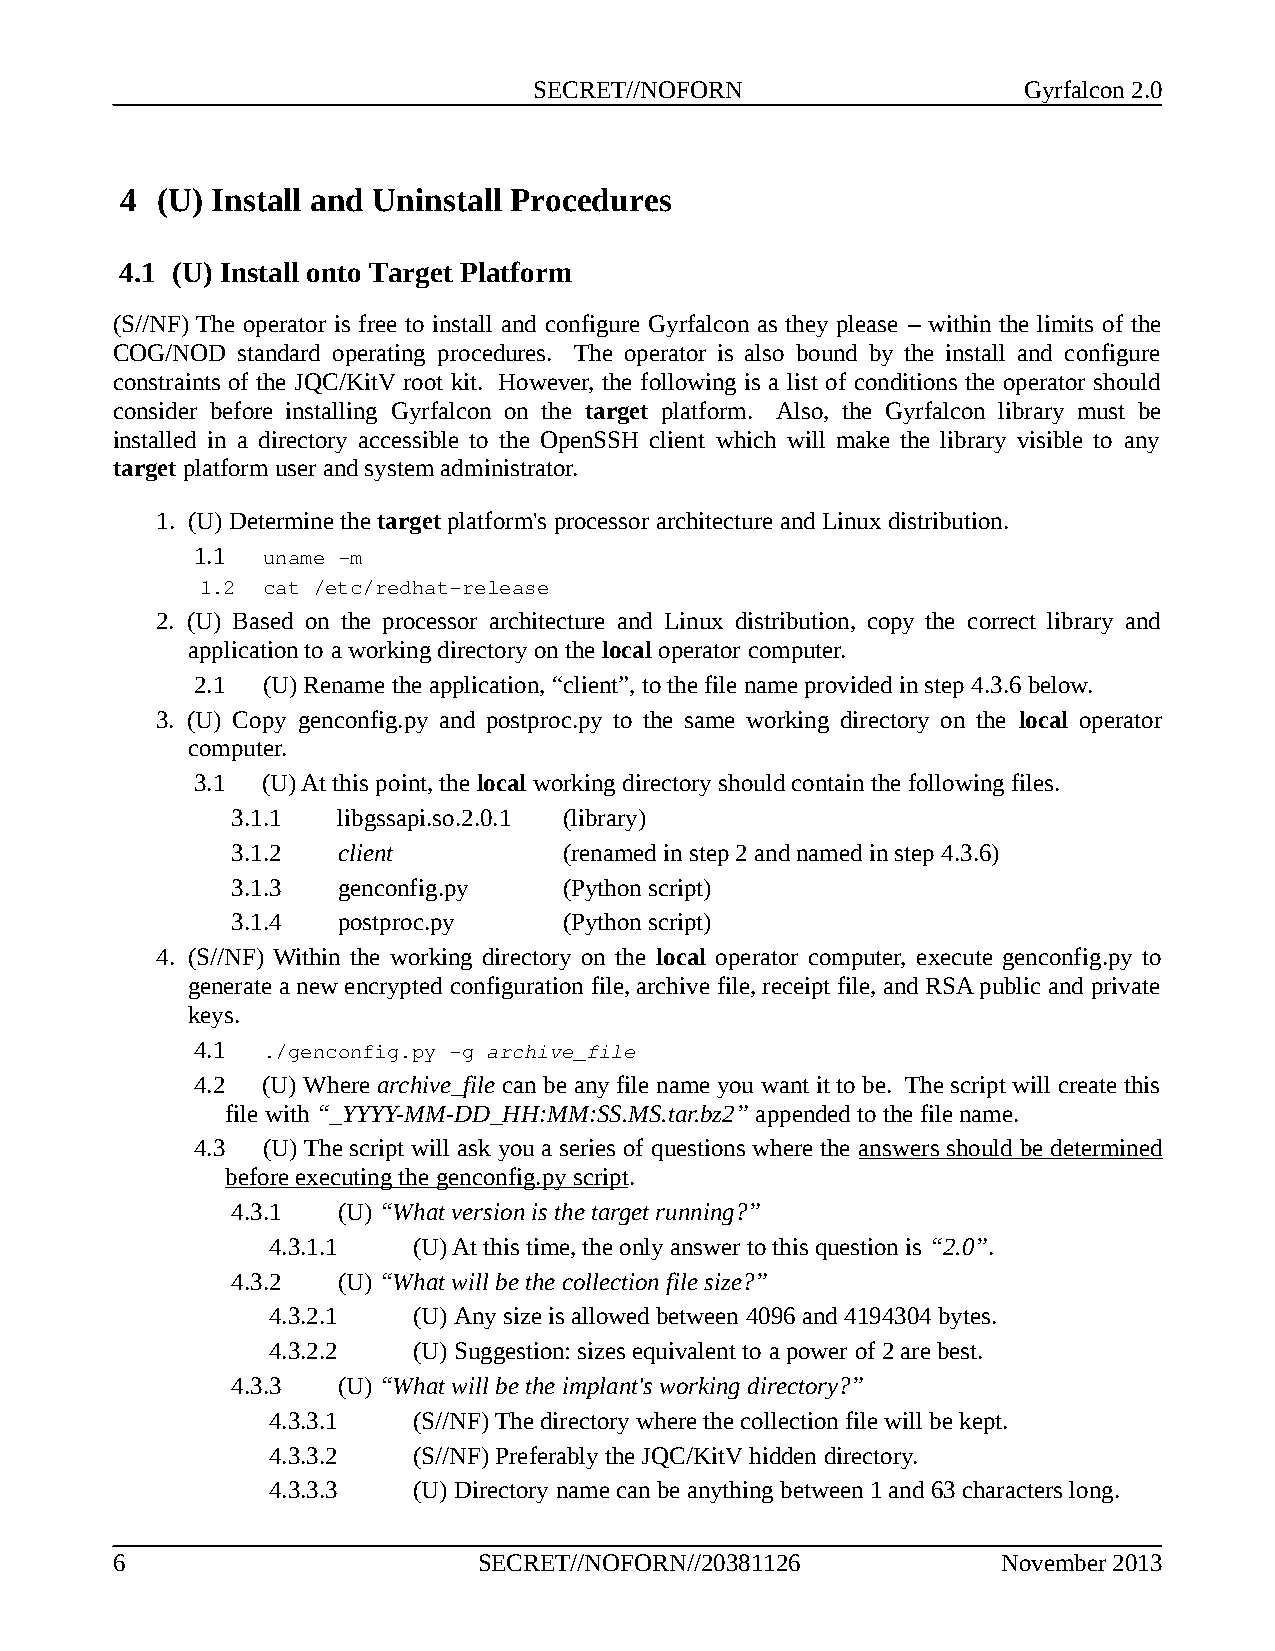
SECRET//NOFORN                   Gyrfalcon 2.0
 4 (U) Install and Uninstall Procedures
 4.1 (U) Install onto Target Platform
 (S//NF) The operator is free to install and configure Gyrfalcon as they please – within the limits of the
 COG/NOD  standard operating procedures. The operator is also bound by the install and configure
 constraints of the JQC/KitV root kit. However, the following is a list of conditions the operator should
 consider before installing Gyrfalcon on the target platform. Also, the Gyrfalcon library must be
 installed in a directory accessible to the OpenSSH client which will make the library visible to any
 target platform user and system administrator.
 1. (U) Determine the target platform's processor architecture and Linux distribution.
 1.1 uname -m
 1.2 cat /etc/redhat-release
 2. (U) Based on the processor architecture and Linux distribution, copy the correct library and
 application to a working directory on the local operator computer.
 2.1 (U) Rename the application, “client”, to the file name provided in step 4.3.6 below.
 3. (U) Copy genconfig.py and postproc.py to the same working directory on the local operator
 computer.
 3.1 (U) At this point, the local working directory should contain the following files.
 3.1.1  libgssapi.so.2.0.1 (library)
 3.1.2  client         (renamed in step 2 and named in step 4.3.6)
 3.1.3  genconfig.py   (Python script)
 3.1.4  postproc.py    (Python script)
 4. (S//NF) Within the working directory on the local operator computer, execute genconfig.py to
 generate a new encrypted configuration file, archive file, receipt file, and RSA public and private
 keys.
 4.1 ./genconfig.py -g archive_file
 4.2 (U) Where archive_file can be any file name you want it to be. The script will create this
 file with “_YYYY-MM-DD_HH:MM:SS.MS.tar.bz2” appended to the file name.
 4.3 (U) The script will ask you a series of questions where the answer s should be determined
 before executing th e genconfig.py script .
 4.3.1  (U) “What version is the target running?”
 4.3.1.1  (U) At this time, the only answer to this question is “2.0”.
 4.3.2  (U) “What will be the collection file size?”
 4.3.2.1  (U) Any size is allowed between 4096 and 4194304 bytes.
 4.3.2.2  (U) Suggestion:sizes equivalent to a power of 2 are best.
 4.3.3  (U) “What will be the implant's working directory?”
 4.3.3.1  (S//NF) The directory where the collection file will be kept.
 4.3.3.2  (S//NF) Preferably the JQC/KitV hidden directory.
 4.3.3.3  (U) Directory name can be anything between 1 and 63 characters long.
 6                        SECRET//NOFORN//20381126          November 2013